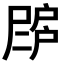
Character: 𢩗